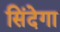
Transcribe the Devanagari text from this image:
सिंदेगा